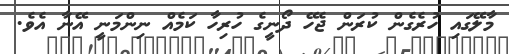
މާލޭގައި ހުރެގެން ކުރަން ޖެހޭ ދޯނީގެ ހުރިހާ ކަމެއް ނިންމަނީ އޭނާ އެވެ.